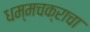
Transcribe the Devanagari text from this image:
धम्मचक्राचा